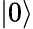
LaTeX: \left\vert 0\right\rangle